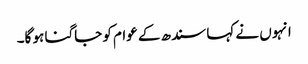
انہوں نے کہا سندھ کے عوام کو جاگنا ہو گا۔